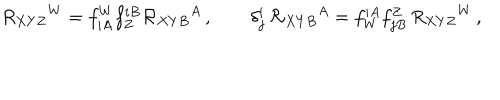
LaTeX: R _ { X Y Z } { } ^ { W } = f _ { i A } ^ { W } f _ { Z } ^ { i B } { \cal R } _ { X Y B } { } ^ { A } \, , \qquad \delta _ { j } ^ { i } \, { \cal R } _ { X Y B } { } ^ { A } = f _ { W } ^ { i A } f _ { j B } ^ { Z } \, R _ { X Y Z } { } ^ { W } \, ,